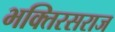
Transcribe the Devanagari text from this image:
भक्तिरसराज